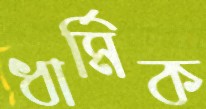
ধার্মিক